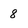
Character: 8